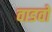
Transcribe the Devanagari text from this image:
वाडवो